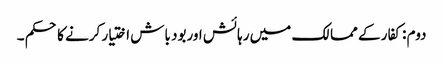
دوم : کفار کے ممالک میں رہائش اوربود باش اختیار کرنے کا حکم ۔